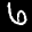
Label: 6